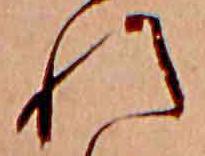
れ